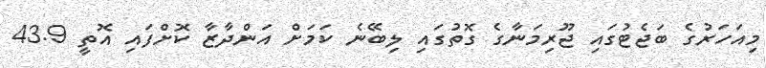
މިއަހަރުގެ ބަޖެޓުގައި ޖޫރިމަނާގެ ގޮތުގައި ލިބޭނެ ކަމަށް އަންދާޒާ ކޮށްފައި އޮތީ 43.9